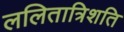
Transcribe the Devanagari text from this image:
ललितात्रिशति